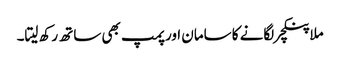
ملا پنکچر لگانے کا سامان اور پمپ بھی ساتھ رکھ لیتا۔